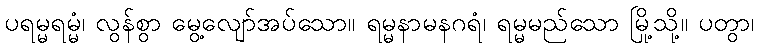
ပရမ္မရမ္မံ၊ လွန်စွာ မွေ့လျော်အပ်သော။ ရမ္မနာမနဂရံ၊ ရမ္မမည်သော မြို့သို့။ ပတွာ၊